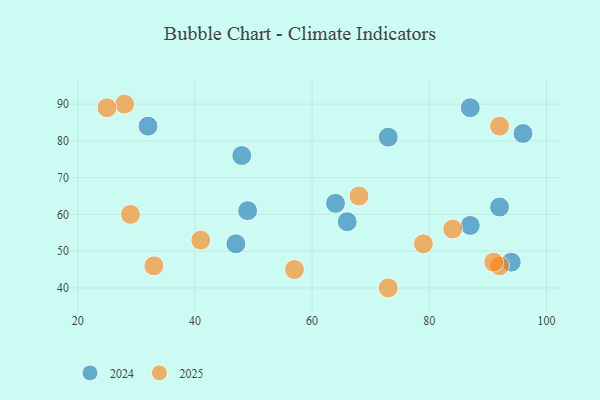
{"axis": {"x": "GDP", "y": "Life Expectancy"}, "legend": ["2024", "2025"], "data": [{"x": "49", "y": 61, "type": "2024"}, {"x": "48", "y": 76, "type": "2024"}, {"x": "96", "y": 82, "type": "2024"}, {"x": "66", "y": 58, "type": "2024"}, {"x": "94", "y": 47, "type": "2024"}, {"x": "87", "y": 89, "type": "2024"}, {"x": "32", "y": 84, "type": "2024"}, {"x": "87", "y": 57, "type": "2024"}, {"x": "73", "y": 81, "type": "2024"}, {"x": "92", "y": 62, "type": "2024"}, {"x": "64", "y": 63, "type": "2024"}, {"x": "47", "y": 52, "type": "2024"}, {"x": "92", "y": 46, "type": "2025"}, {"x": "79", "y": 52, "type": "2025"}, {"x": "73", "y": 40, "type": "2025"}, {"x": "68", "y": 65, "type": "2025"}, {"x": "29", "y": 60, "type": "2025"}, {"x": "84", "y": 56, "type": "2025"}, {"x": "28", "y": 90, "type": "2025"}, {"x": "25", "y": 89, "type": "2025"}, {"x": "41", "y": 53, "type": "2025"}, {"x": "92", "y": 84, "type": "2025"}, {"x": "57", "y": 45, "type": "2025"}, {"x": "33", "y": 46, "type": "2025"}, {"x": "91", "y": 47, "type": "2025"}]}